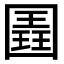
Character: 𭍱